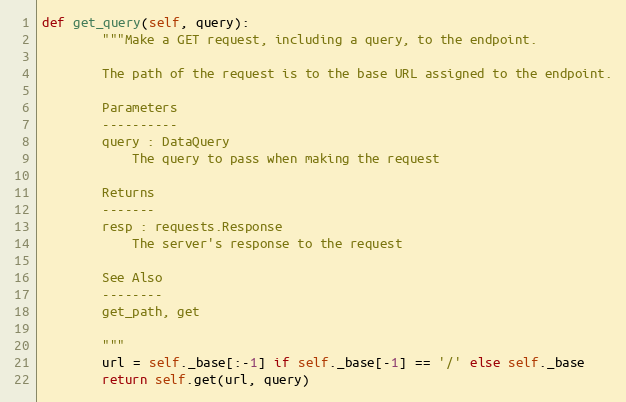
Language: Python
def get_query(self, query):
        """Make a GET request, including a query, to the endpoint.

        The path of the request is to the base URL assigned to the endpoint.

        Parameters
        ----------
        query : DataQuery
            The query to pass when making the request

        Returns
        -------
        resp : requests.Response
            The server's response to the request

        See Also
        --------
        get_path, get

        """
        url = self._base[:-1] if self._base[-1] == '/' else self._base
        return self.get(url, query)